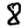
Digit: 8